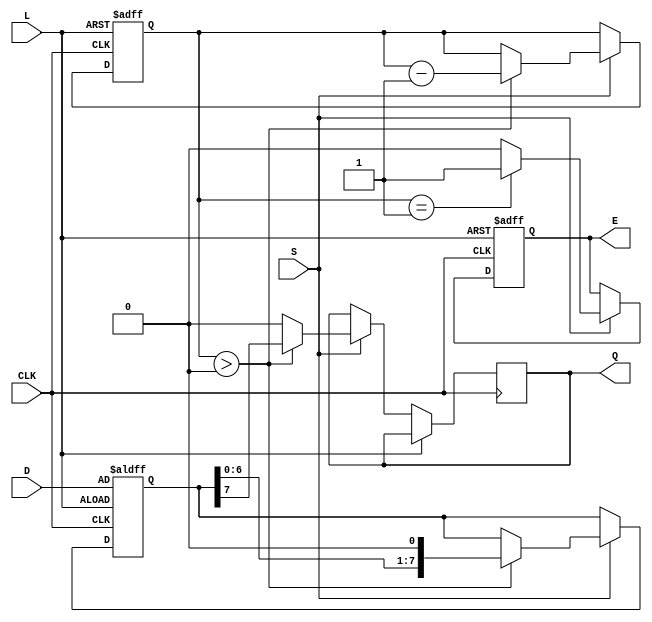
module PISO_Register #(
    parameter n = 8 // Width of the register
)(
    input wire [n-1:0] D,   // Parallel data input
    input wire L,           // Load signal
    input wire CLK,         // Clock signal
    input wire S,           // Shift signal
    output reg Q,           // Serial output
    output reg E            // Empty signal
);

    reg [n-1:0] SR;         // Shift register
    reg [3:0] count;        // Counter for bits shifted out

    // Asynchronous reset (optional)
    always @(posedge CLK or posedge L) begin
        if (L) begin
            SR <= D;        // Load data into shift register
            count <= n;    // Set count to the width of the register
            E <= 1'b0;     // Register is not empty after loading
        end else if (S) begin
            if (count > 0) begin
                Q <= SR[n-1]; // Output MSB
                SR <= {SR[n-2:0], 1'b0}; // Shift right
                count <= count - 1; // Decrement count
            end else begin
                Q <= 1'b0;   // Output 0 if no data to shift
            end
            E <= (count == 1) ? 1'b1 : 1'b0; // Set empty signal
        end
    end

    // Initialize outputs
    initial begin
        SR = 0;
        Q = 0;
        E = 1; // Initially empty
        count = 0;
    end

endmodule